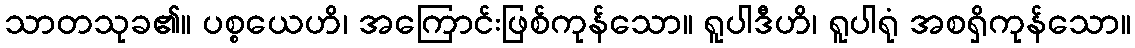
သာတသုခ၏။ ပစ္စယေဟိ၊ အကြောင်းဖြစ်ကုန်သော။ ရူပါဒီဟိ၊ ရူပါရုံ အစရှိကုန်သော။